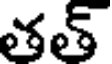
తత్